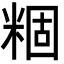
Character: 𬖢